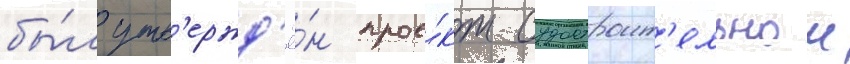
бы́л утв'ержд'ё́н прое́кт судостроит'ельнои